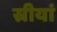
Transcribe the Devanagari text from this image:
स्रीयां